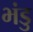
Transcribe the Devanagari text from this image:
भंडु